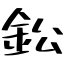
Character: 鈆